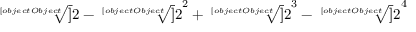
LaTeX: { \sqrt [ [object Object] ] { 2 } } - { \sqrt [ [object Object] ] { 2 } } ^ { 2 } + { \sqrt [ [object Object] ] { 2 } } ^ { 3 } - { \sqrt [ [object Object] ] { 2 } } ^ { 4 }